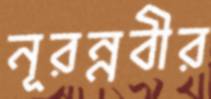
নূরন্নবীর